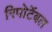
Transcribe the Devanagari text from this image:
रिपोर्टेबल